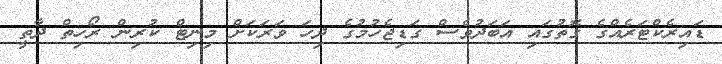
ޑައިރެކްޓަރެއްގެ ގޮތުގައި އަބަދުވެސް ގަޑިޖެހުމުގެ ދިހަ ވަރަކަށް މިނިޓް ކުރިން ރޯހިތް ދާތީ